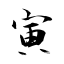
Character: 寅